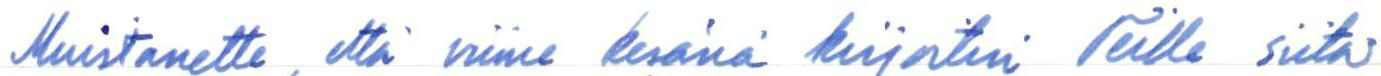
Muistanette, että viime kesänä kirjoitin Teille siitä